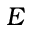
E